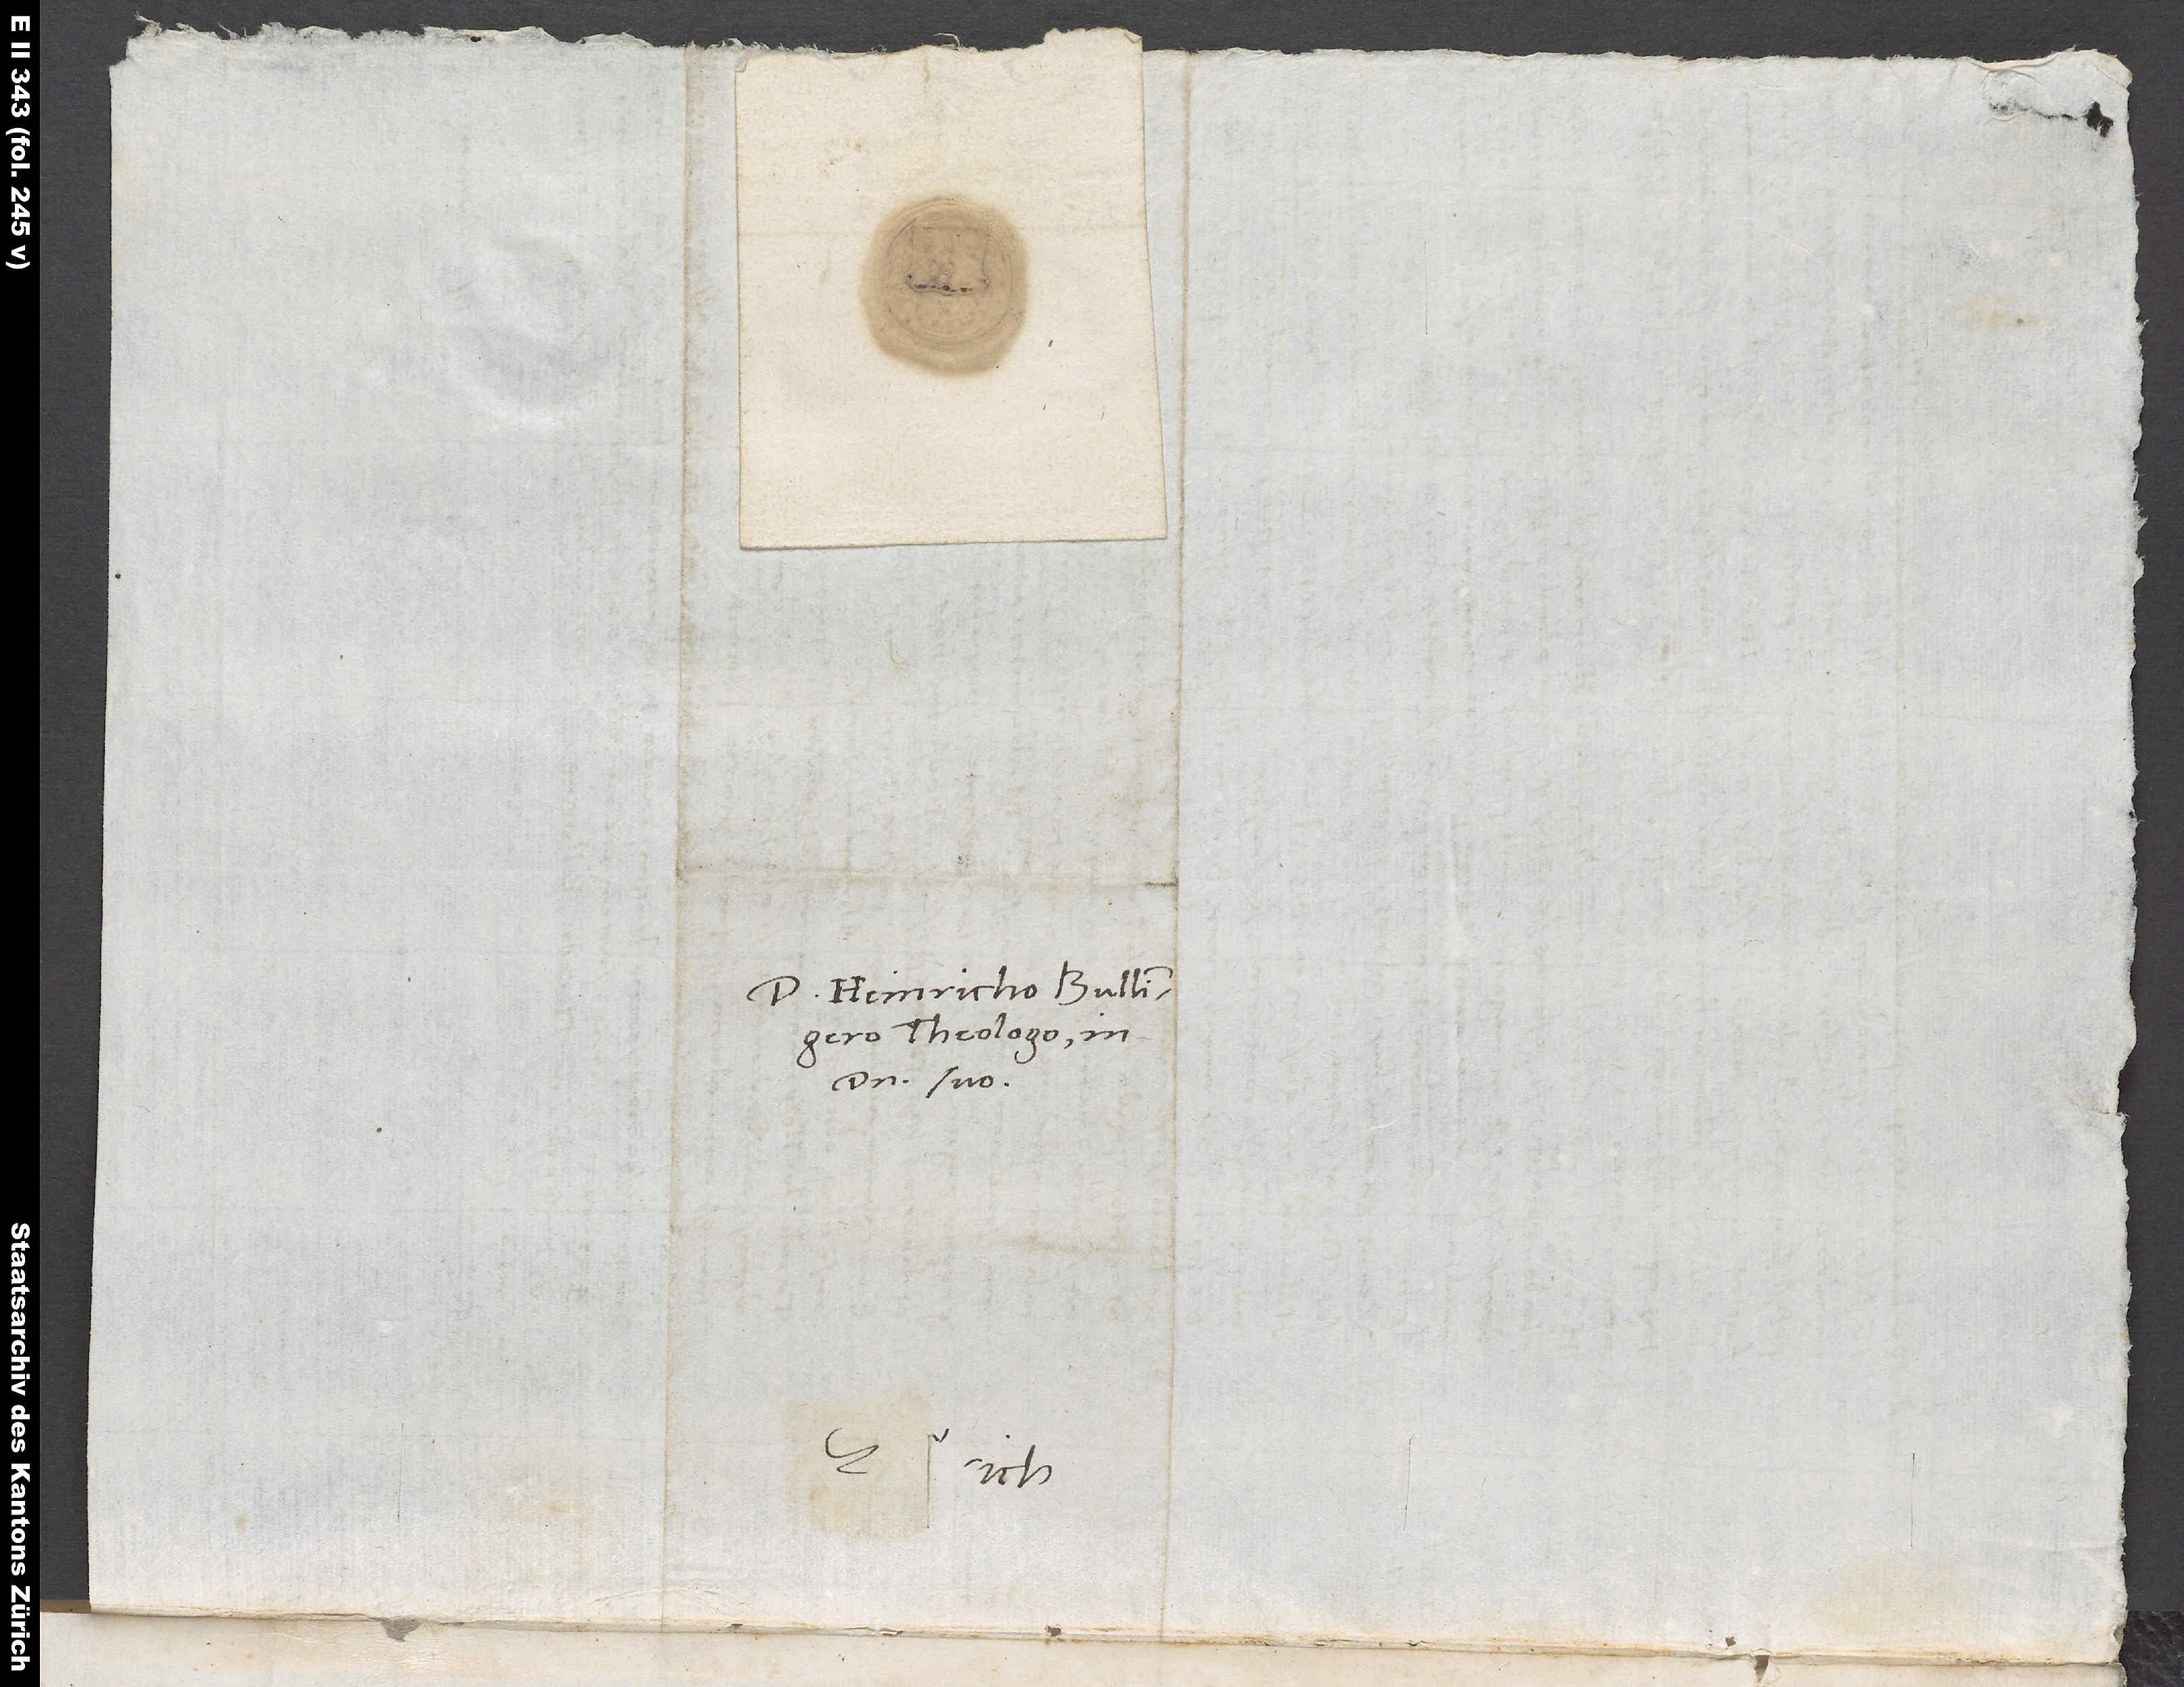
Domino Heinricho Bullingero
theologo, in
domino suo.
etc.